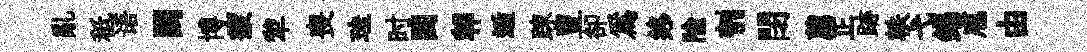
亂秪语闕博疲犂喪珪时閨郫逅踈豊卻爲终隃刳閉薦正跡軼弋錫庖由